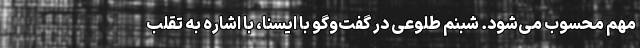
مهم محسوب می‌شود. شبنم طلوعی در گفت‌وگو با ایسنا، با اشاره به تقلب